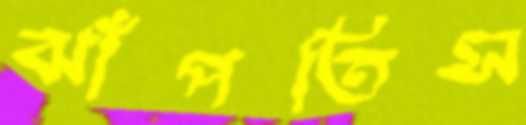
ঝাঁপতিস